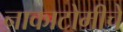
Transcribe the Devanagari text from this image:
नाकाटोमीचे